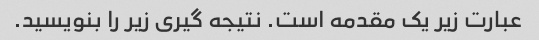
عبارت زیر یک مقدمه است. نتیجه گیری زیر را بنویسید.